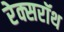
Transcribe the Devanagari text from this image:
रेक्सरॉथ